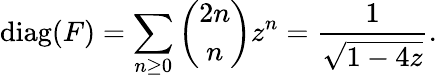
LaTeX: \operatorname{diag}(F)=\sum_{n\geq 0}{\binom{2n}{n}}z^{n}={\frac{1}{\sqrt{1-4z}}}.